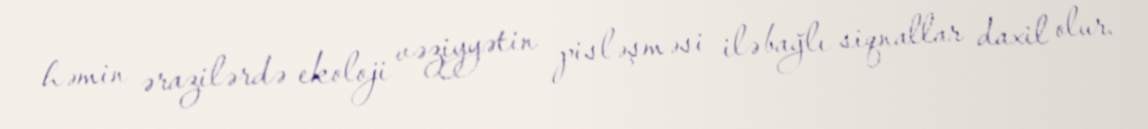
həmin ərazilərdə ekoloji vəziyyətin pisləşməsi ilə bağlı siqnallar daxil olur.